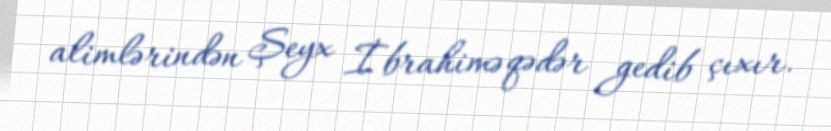
alimlərindən Şeyx İbrahimə qədər gedib çıxır.